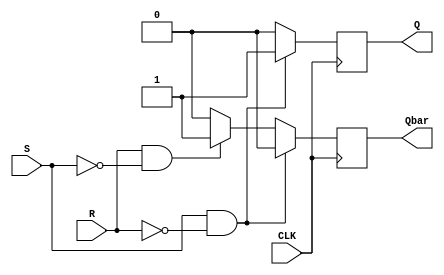
module Gated_SR_FlipFlop (
    input S, // Set input
    input R, // Reset input
    input CLK, // Clock input
    output reg Q, // Output
    output reg Qbar // Complementary output
);

always @ (posedge CLK)
begin
    if (S && !R) // Set condition
        begin
            Q <= 1;
            Qbar <= 0;
        end
    else if (R && !S) // Reset condition
        begin
            Q <= 0;
            Qbar <= 1;
        end
    else // Invalid state
        begin
            Q <= 0;
            Qbar <= 0;
        end
end

endmodule